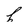
Character: h